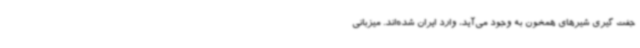
جفت گیری شیرهای همخون به وجود می‌آید، وارد ایران شده‌اند. میزبانی